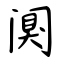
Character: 阒